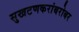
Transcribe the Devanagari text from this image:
सुखटणकरांबरोबर